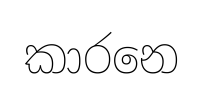
කාරනෙ